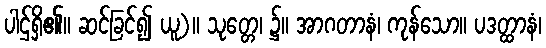
ပါဌ်ရှိ၏။ ဆင်ခြင်၍ ယူ)။ သုတ္တေ၊ ၌။ အာဂတာနံ၊ ကုန်သော။ ပဒတ္ထာနံ၊